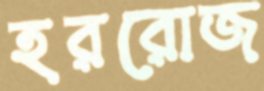
হররোজ